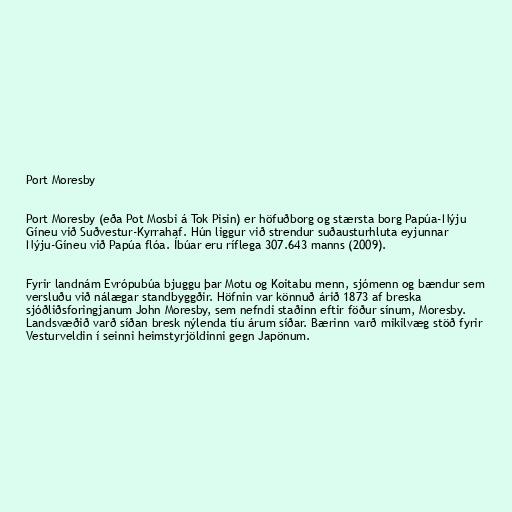
Port Moresby

Port Moresby (eða Pot Mosbi á Tok Pisin) er höfuðborg og stærsta borg Papúa-Nýju
Gíneu við Suðvestur-Kyrrahaf. Hún liggur við strendur suðausturhluta eyjunnar
Nýju-Gíneu við Papúa flóa. Íbúar eru ríflega 307.643 manns (2009).

Fyrir landnám Evrópubúa bjuggu þar Motu og Koitabu menn, sjómenn og bændur sem
versluðu við nálægar standbyggðir. Höfnin var könnuð árið 1873 af breska
sjóðliðsforingjanum John Moresby, sem nefndi staðinn eftir föður sínum, Moresby.
Landsvæðið varð síðan bresk nýlenda tíu árum síðar. Bærinn varð mikilvæg stöð fyrir
Vesturveldin í seinni heimstyrjöldinni gegn Japönum.